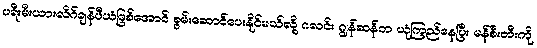
ပရီးမီးယားလိဂ်ချန်ပီယံဖြစ်အောင် စွမ်းဆောင်ပေးနိုင်မယ်လို့ ဂလင်း ဂျွန်ဆန်က ယုံကြည်နေပြီး မန်စီးတီးကို